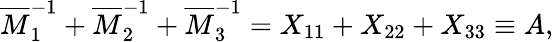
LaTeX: \overline{{{M}}}_{1}^{-1}+\overline{{{M}}}_{2}^{-1}+\overline{{{M}}}_{3}^{-1}=X_{11}+X_{22}+X_{33}\equiv A,